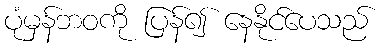
ပုံမှန်ဘဝကို ပြန်၍ နေနိုင်ပေသည်